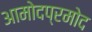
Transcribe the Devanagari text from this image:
आमोदप्रमोद